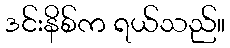
ဒင်းနိစ်က ရယ်သည်။